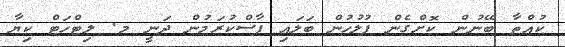
ކުއްތާ ބޭނުން ކޮށްގެން ފުލުހުން ބަލައި ފާސްކުރަމުން ދަނީ މ. ލިޓްހަޓް ކިޔާ